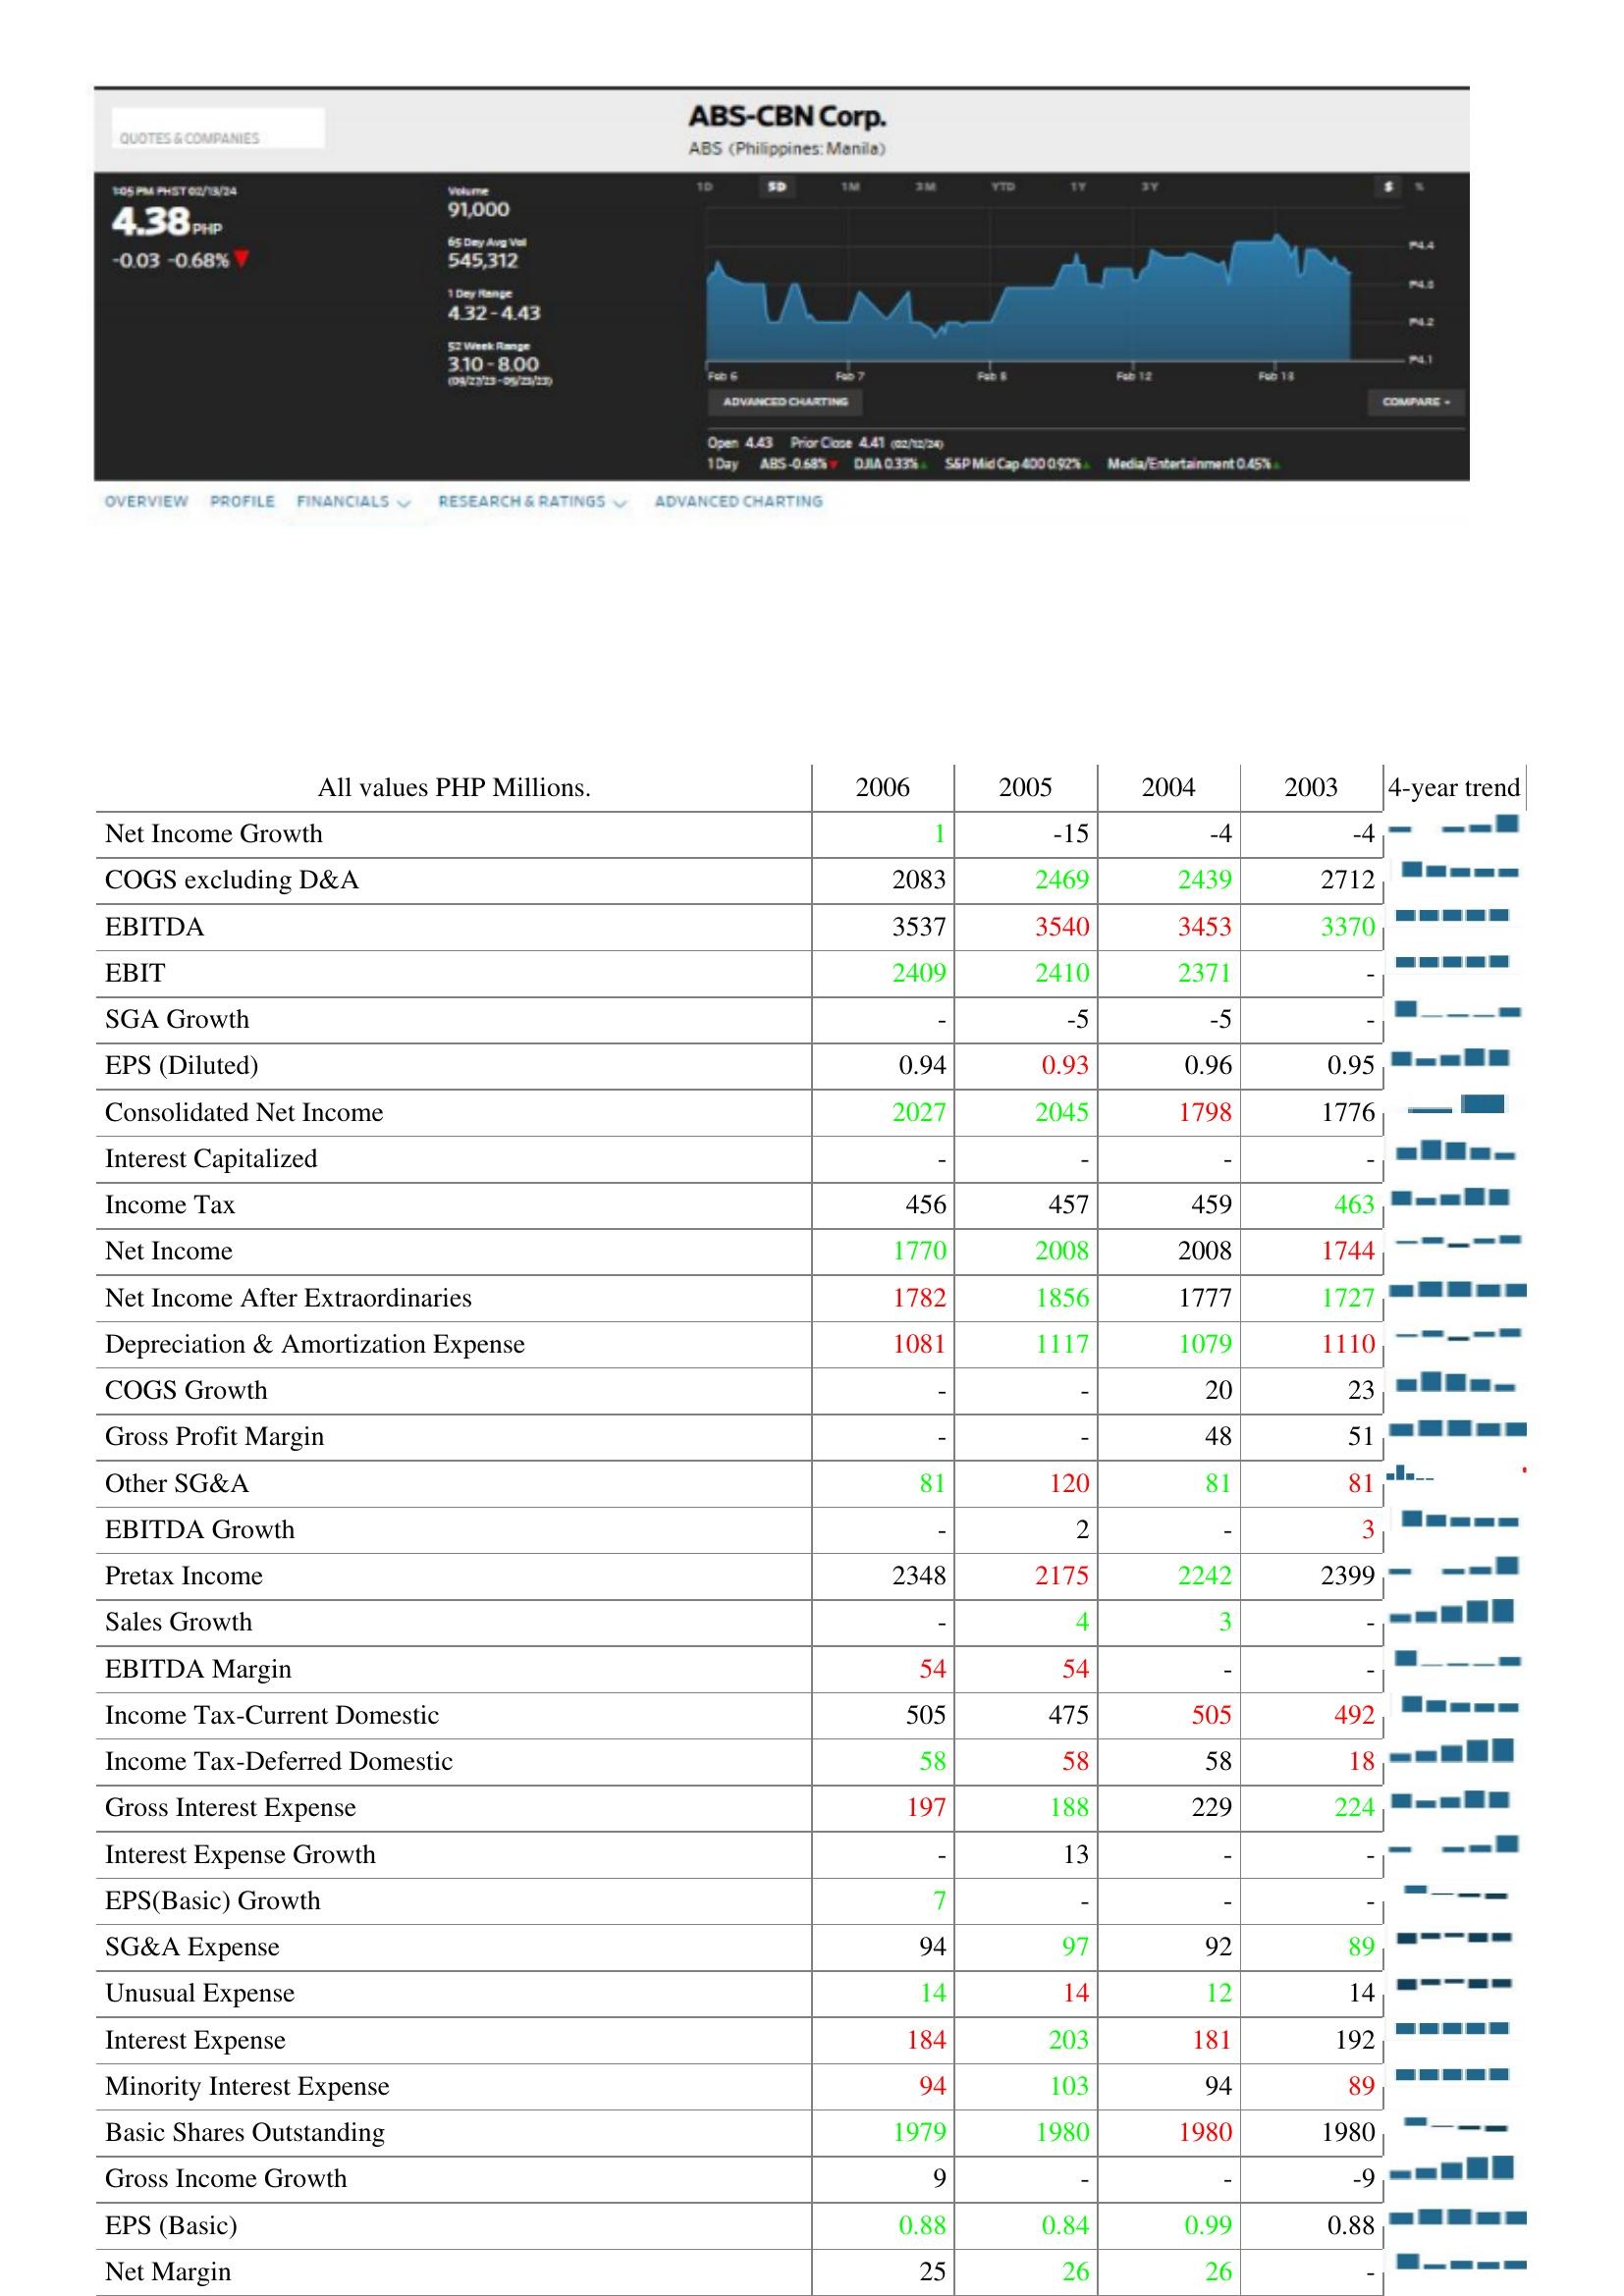
2006: : Net Income Growth: 1
COGS excluding D&A: 2083
EBITDA: 3537
EBIT: 2409
SGA Growth: -
EPS (Diluted): 0.94
Consolidated Net Income: 2027
Interest Capitalized: -
Income Tax: 456
Net Income: 1770
Net Income After Extraordinaries: 1782
Depreciation & Amortization Expense: 1081
COGS Growth: -
Gross Profit Margin: -
Other SG&A: 81
EBITDA Growth: -
Pretax Income: 2348
Sales Growth: -
EBITDA Margin: 54
Income Tax-Current Domestic: 505
Income Tax-Deferred Domestic: 58
Gross Interest Expense: 197
Interest Expense Growth: -
EPS(Basic) Growth: 7
SG&A Expense: 94
Unusual Expense: 14
Interest Expense: 184
Minority Interest Expense: 94
Basic Shares Outstanding: 1979
Gross Income Growth: 9
EPS (Basic): 0.88
Net Margin: 25
2005: : Net Income Growth: -15
COGS excluding D&A: 2469
EBITDA: 3540
EBIT: 2410
SGA Growth: -5
EPS (Diluted): 0.93
Consolidated Net Income: 2045
Interest Capitalized: -
Income Tax: 457
Net Income: 2008
Net Income After Extraordinaries: 1856
Depreciation & Amortization Expense: 1117
COGS Growth: -
Gross Profit Margin: -
Other SG&A: 120
EBITDA Growth: 2
Pretax Income: 2175
Sales Growth: 4
EBITDA Margin: 54
Income Tax-Current Domestic: 475
Income Tax-Deferred Domestic: 58
Gross Interest Expense: 188
Interest Expense Growth: 13
EPS(Basic) Growth: -
SG&A Expense: 97
Unusual Expense: 14
Interest Expense: 203
Minority Interest Expense: 103
Basic Shares Outstanding: 1980
Gross Income Growth: -
EPS (Basic): 0.84
Net Margin: 26
2004: : Net Income Growth: -4
COGS excluding D&A: 2439
EBITDA: 3453
EBIT: 2371
SGA Growth: -5
EPS (Diluted): 0.96
Consolidated Net Income: 1798
Interest Capitalized: -
Income Tax: 459
Net Income: 2008
Net Income After Extraordinaries: 1777
Depreciation & Amortization Expense: 1079
COGS Growth: 20
Gross Profit Margin: 48
Other SG&A: 81
EBITDA Growth: -
Pretax Income: 2242
Sales Growth: 3
EBITDA Margin: -
Income Tax-Current Domestic: 505
Income Tax-Deferred Domestic: 58
Gross Interest Expense: 229
Interest Expense Growth: -
EPS(Basic) Growth: -
SG&A Expense: 92
Unusual Expense: 12
Interest Expense: 181
Minority Interest Expense: 94
Basic Shares Outstanding: 1980
Gross Income Growth: -
EPS (Basic): 0.99
Net Margin: 26
2003: : Net Income Growth: -4
COGS excluding D&A: 2712
EBITDA: 3370
EBIT: -
SGA Growth: -
EPS (Diluted): 0.95
Consolidated Net Income: 1776
Interest Capitalized: -
Income Tax: 463
Net Income: 1744
Net Income After Extraordinaries: 1727
Depreciation & Amortization Expense: 1110
COGS Growth: 23
Gross Profit Margin: 51
Other SG&A: 81
EBITDA Growth: 3
Pretax Income: 2399
Sales Growth: -
EBITDA Margin: -
Income Tax-Current Domestic: 492
Income Tax-Deferred Domestic: 18
Gross Interest Expense: 224
Interest Expense Growth: -
EPS(Basic) Growth: -
SG&A Expense: 89
Unusual Expense: 14
Interest Expense: 192
Minority Interest Expense: 89
Basic Shares Outstanding: 1980
Gross Income Growth: -9
EPS (Basic): 0.88
Net Margin: -